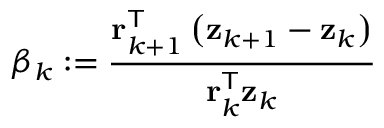
\beta _ { k } : = { \frac { \mathbf { r } _ { k + 1 } ^ { \mathsf { T } } \left( \mathbf { z } _ { k + 1 } - \mathbf { z } _ { k } \right) } { \mathbf { r } _ { k } ^ { \mathsf { T } } \mathbf { z } _ { k } } }